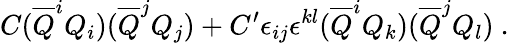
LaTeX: C({\overline{{Q}}}^{i}Q_{i})({\overline{{Q}}}^{j}Q_{j})+C^{\prime}\epsilon_{ij}\epsilon^{{k}{l}}({\overline{{Q}}}^{i}Q_{k})({\overline{{Q}}}^{j}Q_{l})~.